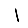
Digit: 1